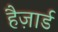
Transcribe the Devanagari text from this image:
हैज़ार्ड